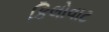
કિલોવાટ